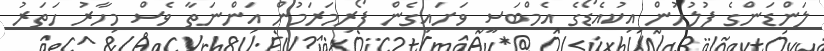
ލަންޑަންގެ ފުލުހުން އިކުއެޑޯގެ އެމްބަސީ ވަށައިގެން ފޯރިމަރަމުން އަންނަތާ ވެސް މިހާރު ހަތަރު